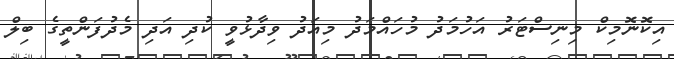
އިކޮނޮމިކް މިނިސްޓަރު އަހުމަދު މުހައްމަދު މިއަދު ވިދާޅުވީ ކުދި އަދި މެދުފަންތީގެ ބިލް